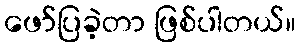
ဖော်ပြခဲ့တာ ဖြစ်ပါတယ်။